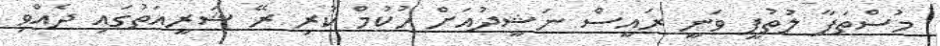
މުސްތަފާ ލުތުފީ ވަނީ ރައީސް ނަޝީދުއަށް ހުކުމް ކުރި ރޭ ޝަރީއަތުގައި ދެއްވި